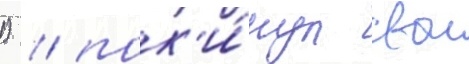
1) / пок'и́нул свои